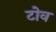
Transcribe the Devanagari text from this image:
टोव